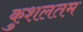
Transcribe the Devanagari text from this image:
कुशलतम